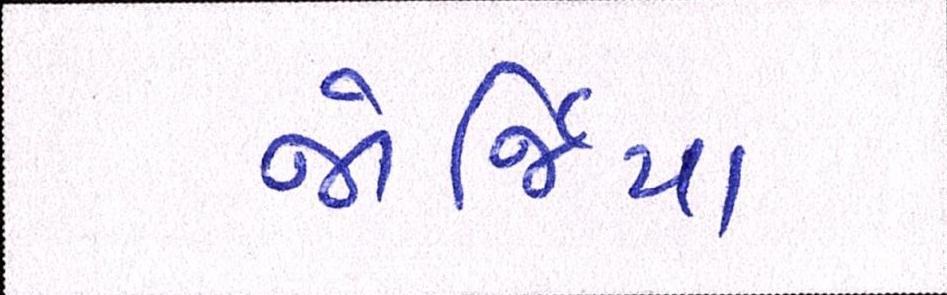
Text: જોર્જિયા